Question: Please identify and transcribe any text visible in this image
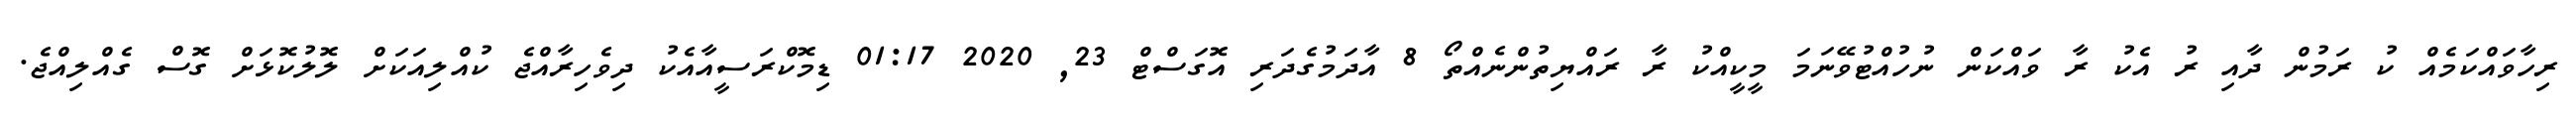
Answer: ރިހާވައްކަމެއް ކު ރަމުން ދާއި ރު އެކު ރާ ވައްކަން ނުހުއްޓުވޭނަމަ މީކީއްކު ރާ ރައްޔިތުންނެއްތޯ 8 އާދަމުގެދަރި އޮގަސްޓް 23, 2020 01:17 ޑިމޮކްރަސީއާއެކު ދިވެހިރާއްޖެ ކުއްލިއަކަށް ލޮލުކޮޅަށް ގޮސް ގެއްލިއްޖެ.